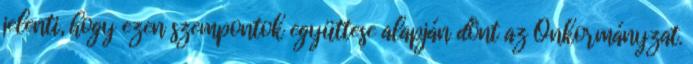
jelenti, hogy ezen szempontok együttese alapján dönt az Önkormányzat.